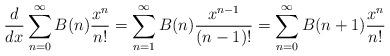
LaTeX: \begin{align*}\frac{d}{dx}\sum_{n=0}^\infty B(n) \frac{x^n}{n!} = \sum_{n=1}^\infty B(n) \frac{x^{n-1}}{(n-1)!} = \sum_{n=0}^\infty B(n+1) \frac{x^n}{n!}\end{align*}